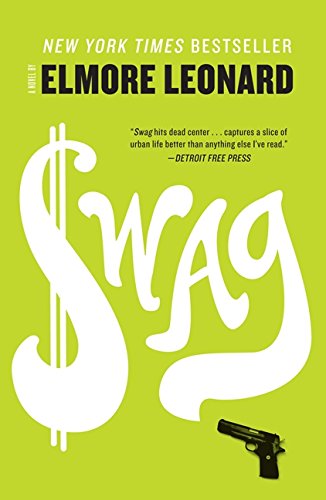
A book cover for Swag: A Novel; Elmore Leonard; Mystery, Thriller & Suspense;